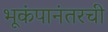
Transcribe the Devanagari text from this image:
भूकंपानंतरची